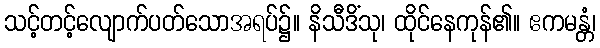
သင့်တင့်လျောက်ပတ်သောအရပ်၌။ နိသီဒိံသု၊ ထိုင်နေကုန်၏။ ဧကမန္တံ၊